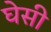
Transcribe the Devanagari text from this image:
घेसी